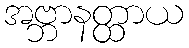
အဗ္ဘာနတ္ထာယ